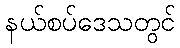
နယ်စပ်ဒေသတွင်